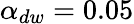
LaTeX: \alpha_{dw}=0.05